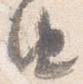
由